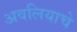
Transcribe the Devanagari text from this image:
अवलियाचे